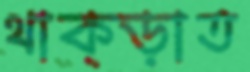
থাক্‌ড়াত